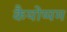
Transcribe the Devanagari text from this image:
कैयोप्पम